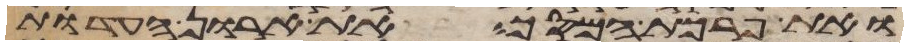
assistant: ואת פרכת המסך את ארון העדות